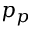
p _ { p }